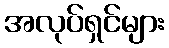
အလုပ်ရှင်များ